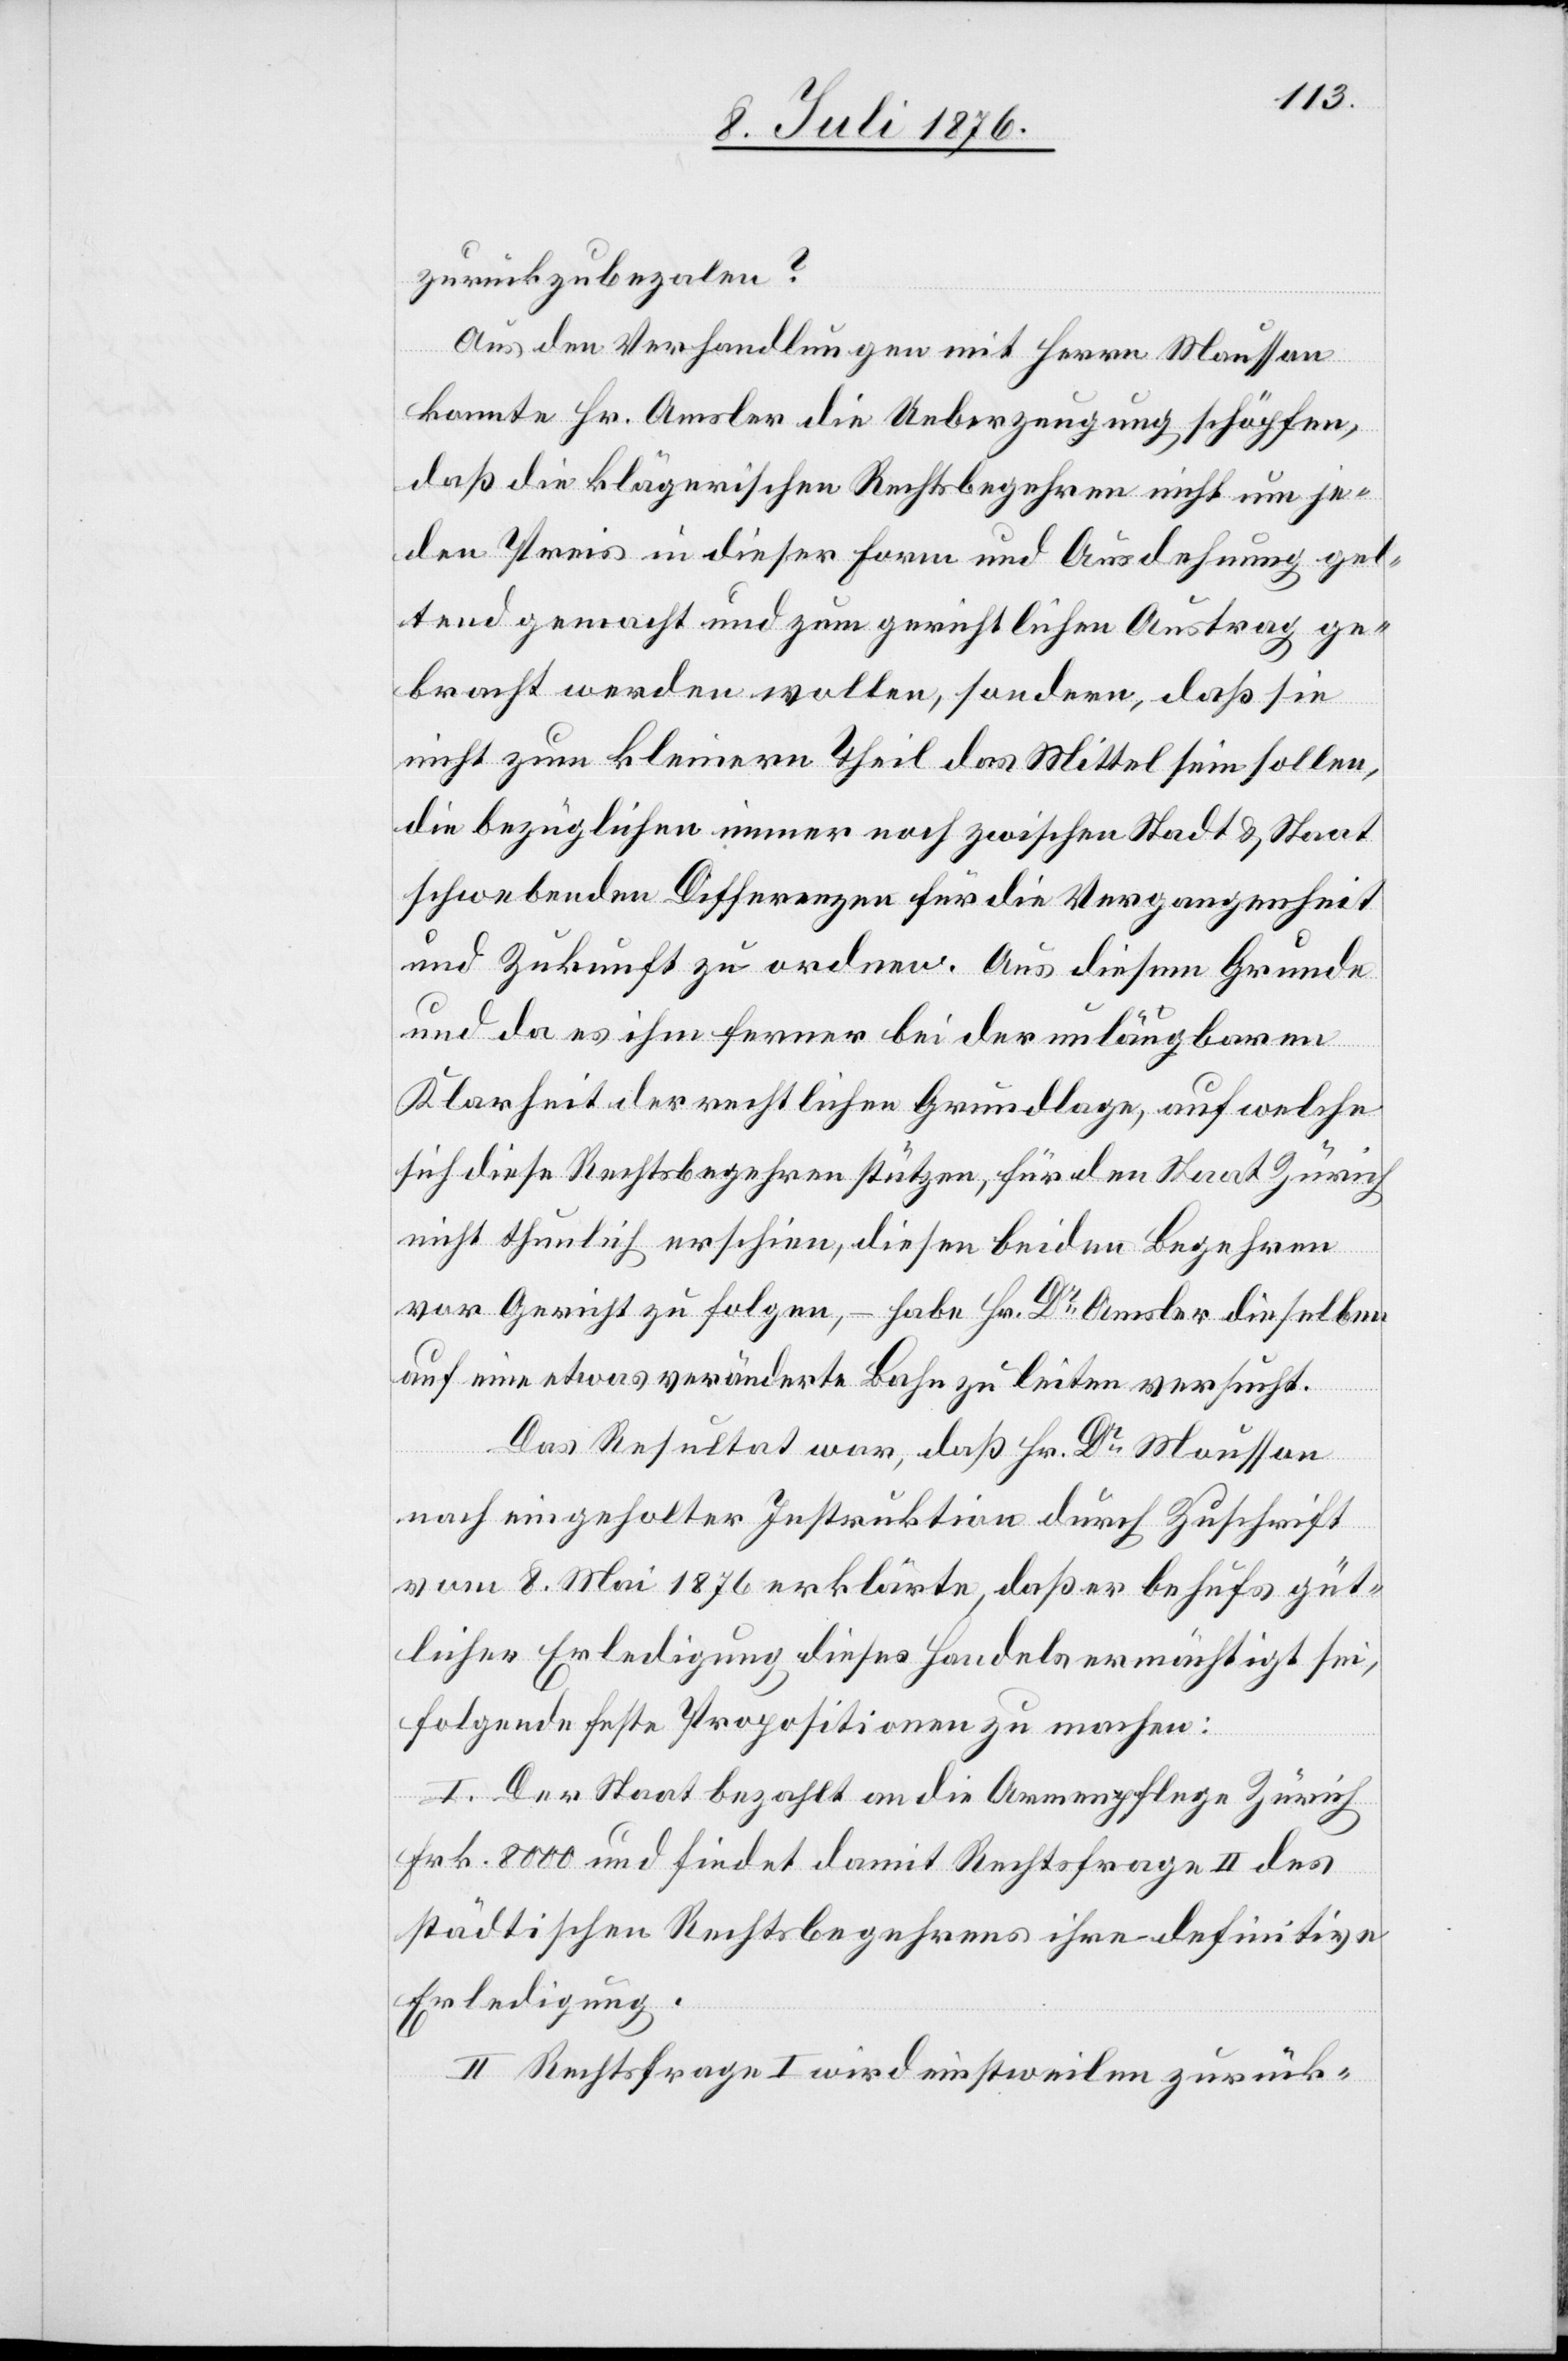
zurückzubezahlen?
Aus den Verhandlungen mit Herrn Mousson
konnte Hr. Amsler die Ueberzeugung schöpfen,
daß die klägerischen Rechtsbegehren nicht um je¬
den Preis in dieser Form und Ausdehnung gel¬
tend gemacht und zum gerichtlichen Austrag ge¬
bracht werden wollen, sondern, daß sie
nicht zum kleinern Theil das Mittel sein sollen,
die bezüglichen immer noch zwischen Stadt & Staat
schwebenden Differenzen für die Vergangenheit
und Zuku8nft zu ordnen. Aus diesem Grunde
und da es ihm ferner bei der unläugbaren
Klarheit der rechtlichen Grundlagen, auf welche
sich diese Rechtsbegehren stützen, für den Staat Zürich
nicht thunlich erscheine, diesen beiden Begehren
vor Gericht zu folgen, – habe Hr. Dr Amsler dieselben
auf eine etwas veränderte Bahn zu leiten versucht.
Das Resultat war, daß Hr. Dr Mousson
nach eingeholter Instruktion durch Zuschrift
vom 8. Mai 1876 erklärte, daß er behufs güt¬
licher Erledigung dieses Handels ermächtigt sei,
folgende feste Propositionen zu machen:
I. Der Staat bezahlt an die Armenpflege Zürich
Frk. 8000 und findet damit Rechtsfrage II des
städtischen Rechtsbegehrens ihre definitive
Erledigung.
II. Rechtsfrage I wird einstweilen zurück-